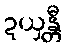
ဍယှန္တီ